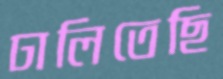
ঢালিতেছি